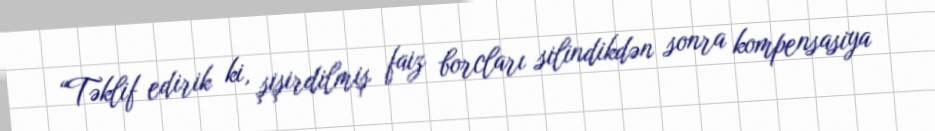
“Təklif edirik ki, şişirdilmiş faiz borcları silindikdən sonra kompensasiya